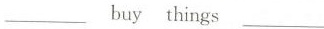
___ buy things___